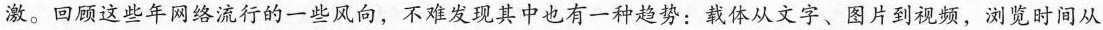
激。回顾这些年网络流行的一些风向，不难发现其中也有一种趋势：载体从文字、图片到视频，浏览时间从